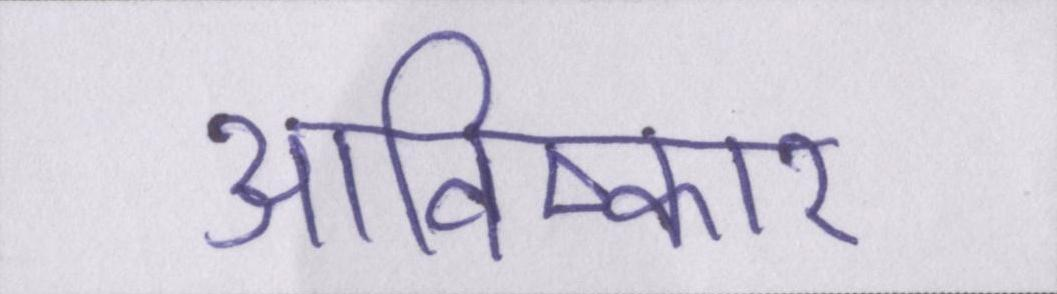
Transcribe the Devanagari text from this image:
आविष्कार